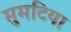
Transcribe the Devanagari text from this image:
मुमटिया